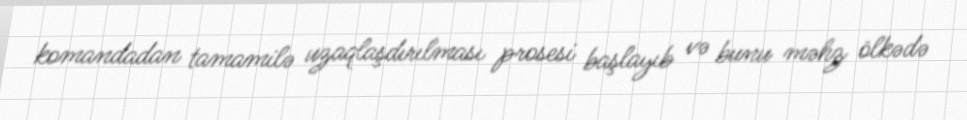
komandadan tamamilə uzaqlaşdırılması prosesi başlayıb və bunu məhz ölkədə